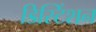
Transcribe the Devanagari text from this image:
डिस्टिंशन